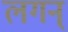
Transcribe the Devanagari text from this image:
लगन्